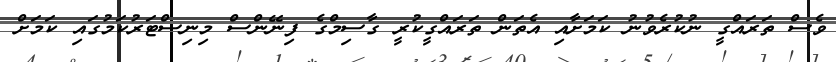
ވެސް ތަރައްގީ ނުކުރެވުނު ކަމަށާއި އެތަން ތަރައްގީކުރީ ގާސިމްގެ ފިނޭންސް މިނިސްޓަރުކަމުގައި ކަމަށް